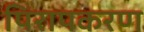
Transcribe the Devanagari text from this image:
पिरापकरण